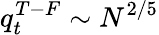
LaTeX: q_{t}^{T-F}\sim N^{2/5}